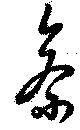
参